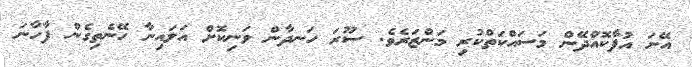
އޭނަ އުފާކޮއްދޭން މަސައްކަތްކުރި މަންޒަރެވެ. ސޫރަ ހަނދާން ވަނިކޮށް އަލައިނާ ހޭނެތިގެން ފާހާނަ